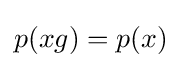
p(xg)=p(x)